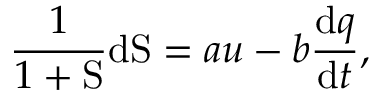
\frac { 1 } { 1 + \mathrm { S } } \mathrm { d } \mathrm { S } = a u - b \frac { \mathrm { d } q } { \mathrm { d } t } ,